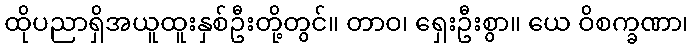
ထိုပညာရှိအယူထူးနှစ်ဦးတို့တွင်။ တာဝ၊ ရှေးဦးစွာ။ ယေ ဝိစက္ခဏာ၊